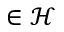
\in \mathcal { H }